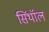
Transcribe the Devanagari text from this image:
सिंथॉल